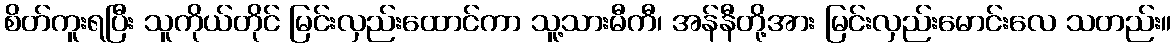
စိတ်ကူးရပြီး သူကိုယ်တိုင် မြင်းလှည်းထောင်ကာ သူ့သားမီကီ၊ အန်နီတို့အား မြင်းလှည်းမောင်းလေ သတည်း။